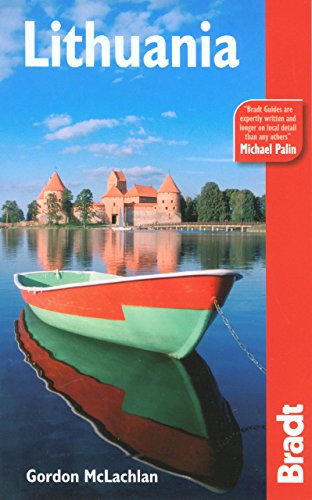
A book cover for Lithuania (Bradt Travel Guide); Gordon Mclachlan; Travel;